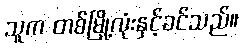
သူက တစ်မြို့လုံးနှင့်ခင်သည်။